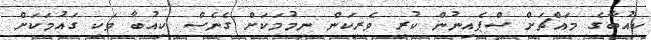
ކިއުބާގެ މައްޗަށް ސްޕެއިނުން ކުރި ވެރިކަން ނިމުމަކަށް ގެނެސް ކިއުބާ ވަކި ގައުމަކަށް